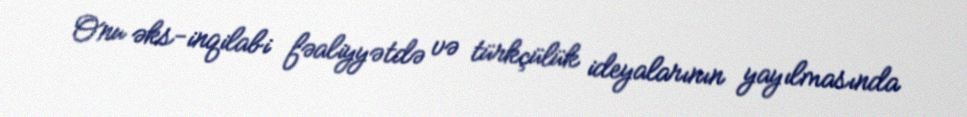
Onu əks-inqilabi fəaliyyətdə və türkçülük ideyalarının yayılmasında